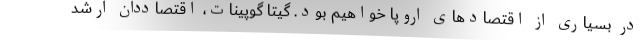
در بسیاری از اقتصادهای اروپا خواهیم بود. گیتا گوپینات، اقتصاددان ارشد